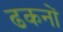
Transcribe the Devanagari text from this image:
ढकनों